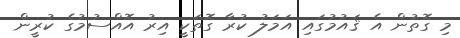
މި ގޮތުން އެ ޤައުމުގައި އަމަލު ކުރާ ގޮތަކީ އިރު އޮއްސުމުގެ ކުރީން